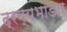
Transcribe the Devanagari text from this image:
द्रव्यभांडार